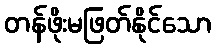
တန်ဖိုးမဖြတ်နိုင်သော